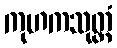
ကုဟကသုတ္တံ